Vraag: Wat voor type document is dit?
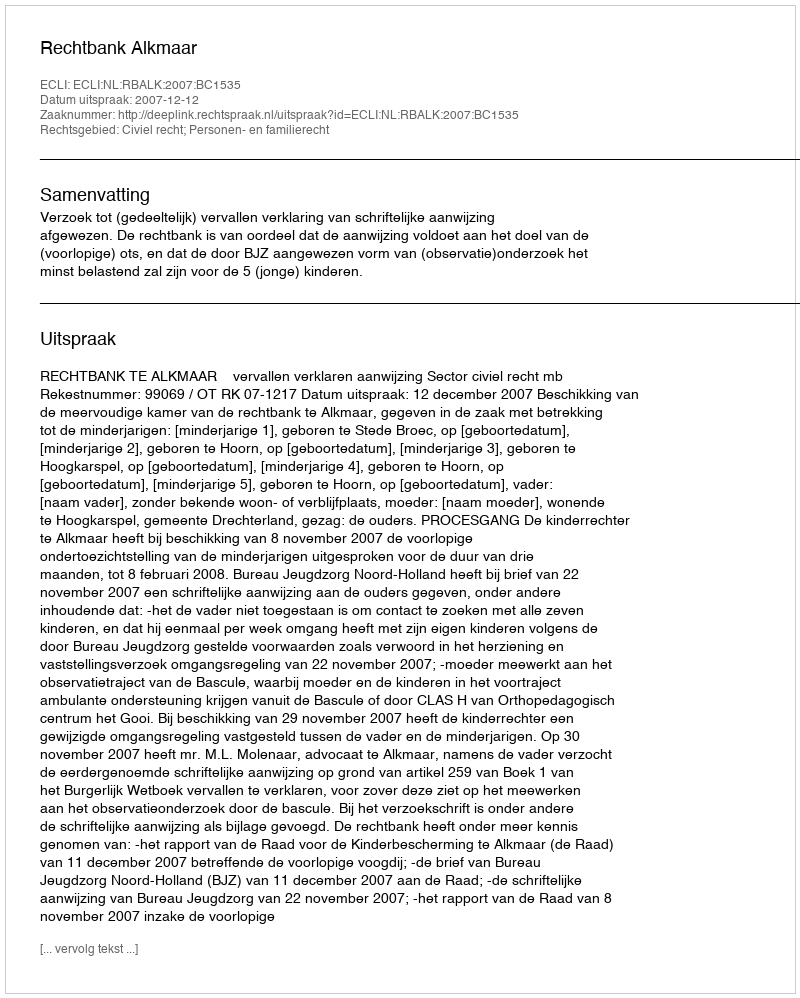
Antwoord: Uitspraak